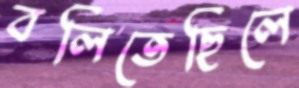
বলিতেছিলে